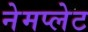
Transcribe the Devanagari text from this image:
नेमप्‍लेट